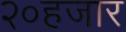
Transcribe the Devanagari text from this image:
२०हजार